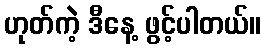
ဟုတ်ကဲ့ ဒီနေ့ ဖွင့်ပါတယ်။